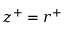
z ^ { + } = r ^ { + }